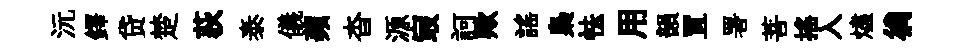
沅鐸贷楚荻泰儀蘋杳源㝡訶歟謡梟怯用韻罝署菩摇入燼徜